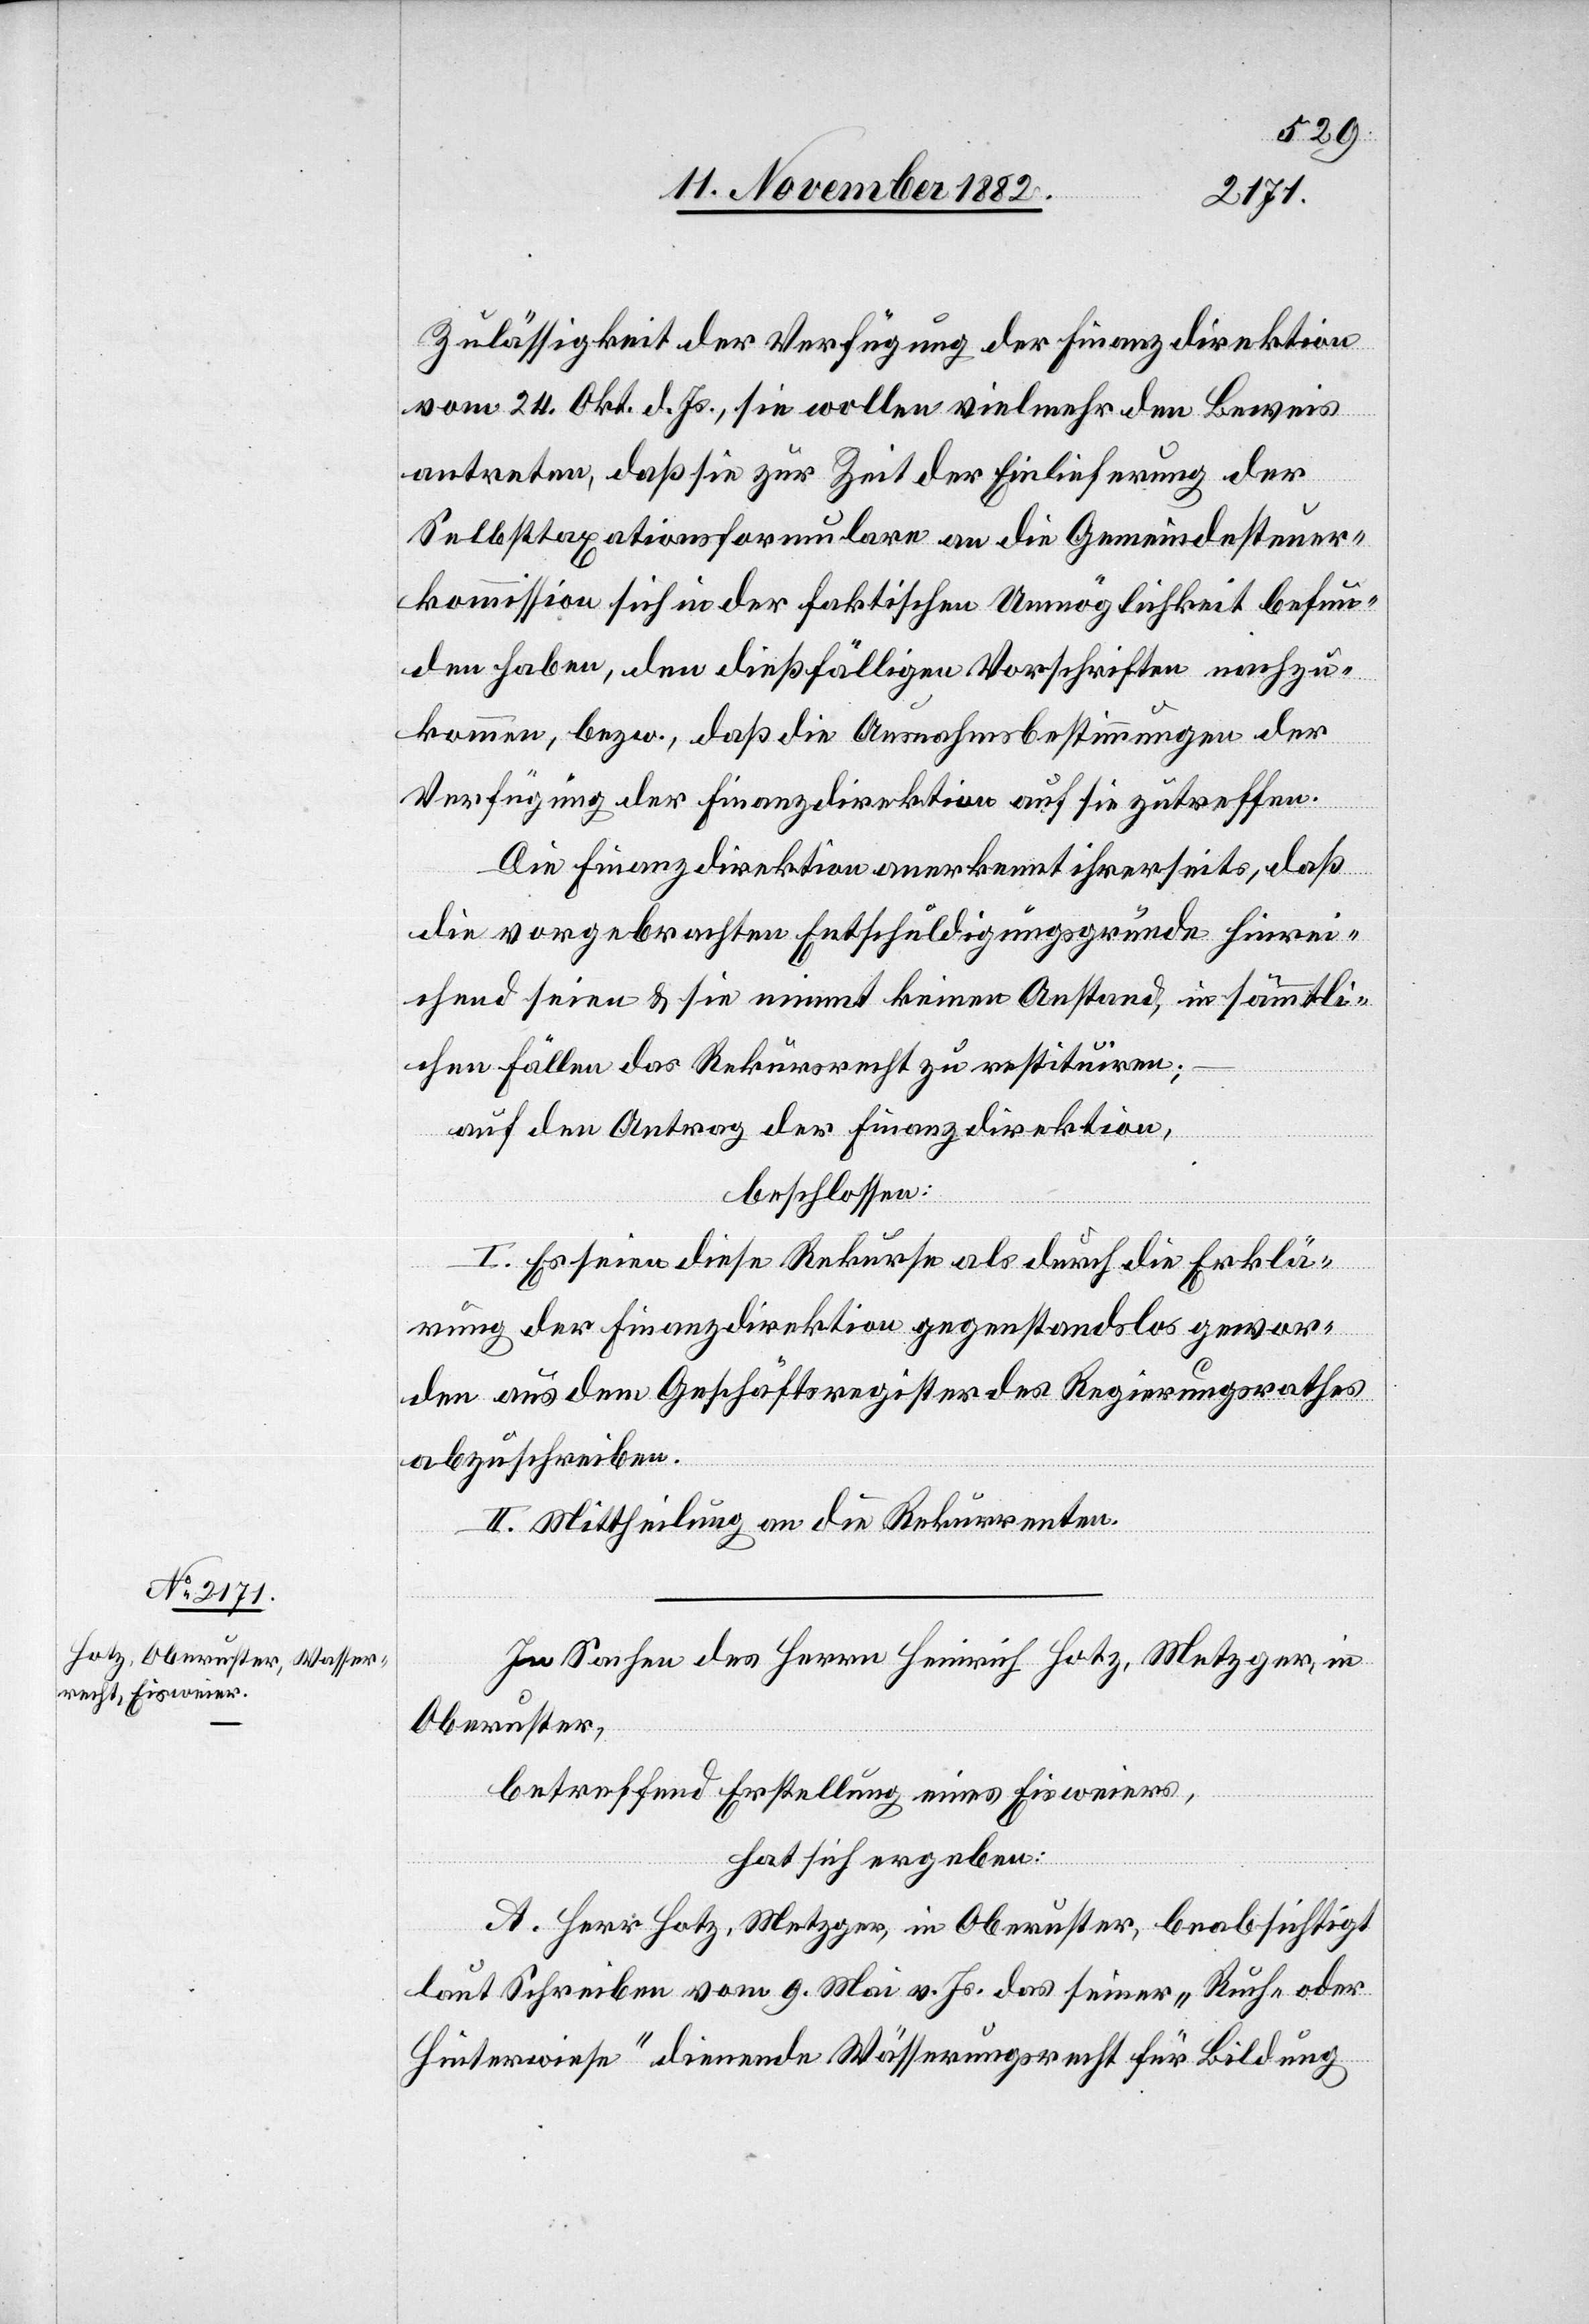
Zulässigkeit der Verfügung der Finanzdirektion
vom 24. Okt. d. Js., sie wollen vielmehr den Beweis
antreten, daß sie zur Zeit der Einlieferung der
Selbsttaxationsformulare an die Gemeindesteuer¬
kommission sich in der faktischen Unmöglichkeit befun¬
den haben, den dießfälligen Vorschriften nachzu¬
kommen, bezw., daß die Ausnahmsbestimmungen der
Verfügung der Finanzdirektion auf sie zutreffen.
Die Finanzdirektion anerkennt ihrerseits, daß
die vorgebrachten Entschuldigungsgründe hinrei¬
chend seien & sie nimmt keinen Anstand, in sämmtli¬
chen Fällen das Rekursrecht zu restituiren;
auf den Antrag der Finanzdirektion,
beschlossen:
I. Es seien diese Rekurse als durch die Erklä¬
rung der Finanzdirektion gegenstandslos gewor¬
den aus dem Geschäftsregister des Regierungsrathes
abzuschreiben.
II. Mittheilung an die Rekurrenten.
In Sachen des Herrn Heinrich Hotz, Metzger, in
Oberuster,
betreffend Erstellung eines Eisweiers,
hat sich ergeben:
A. Herr Hotz, Metzger, in Oberuster, beabsichtigt
laut Schreiben vom 9. Mai v. Js. das seiner „Ruch- oder
Hinterwiese“ dienende Wässerungsrecht für Bildung